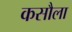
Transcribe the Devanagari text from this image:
कसौला